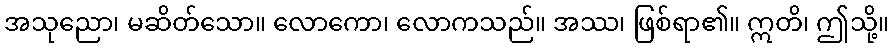
အသုညော၊ မဆိတ်သော။ လောကော၊ လောကသည်။ အဿ၊ ဖြစ်ရာ၏။ ဣတိ၊ ဤသို့။